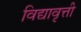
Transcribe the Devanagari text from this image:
विद्यावृत्ती